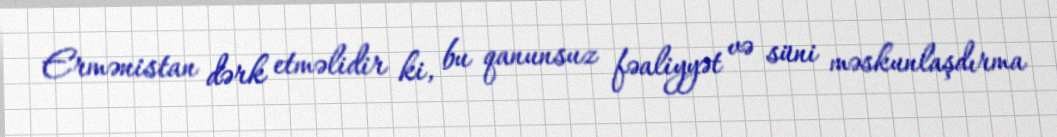
Ermənistan dərk etməlidir ki, bu qanunsuz fəaliyyət və süni məskunlaşdırma